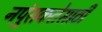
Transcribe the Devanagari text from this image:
नपुंसकतेसाठी